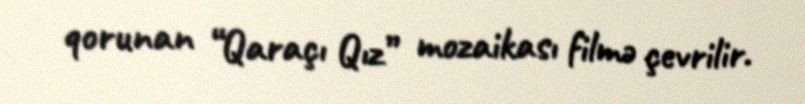
qorunan “Qaraçı Qız” mozaikası filmə çevrilir.